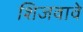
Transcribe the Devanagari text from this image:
शिजवावे